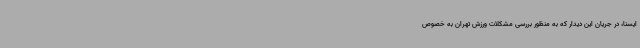
ایسنا، در جریان این دیدار که به منظور بررسی مشکلات ورزش تهران به خصوص